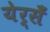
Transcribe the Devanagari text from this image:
येर्सँ